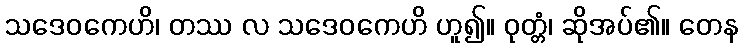
သဒေဝကေဟိ၊ တဿ လ သဒေဝကေဟိ ဟူ၍။ ဝုတ္တံ၊ ဆိုအပ်၏။ တေန